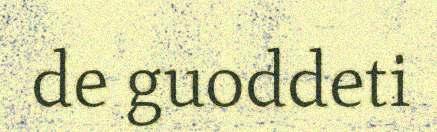
de guoddeti